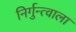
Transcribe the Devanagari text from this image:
निर्गुन्त्वाला